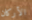
الأركان